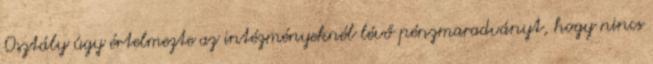
Osztály úgy értelmezte az intézményeknél lévő pénzmaradványt, hogy nincs